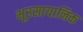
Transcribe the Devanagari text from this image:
भूरसायानिक